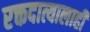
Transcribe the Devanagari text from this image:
रक्तदात्यालाही